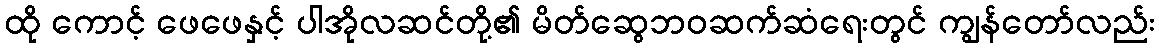
ထို ကောင့် ဖေဖေနှင့် ပါအိုလဆင်တို့၏ မိတ်ဆွေဘဝဆက်ဆံရေးတွင် ကျွန်တော်လည်း